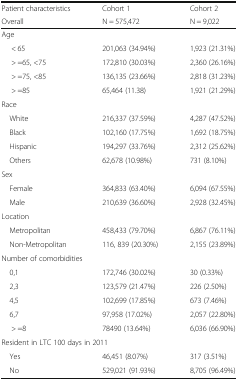
| Patient characteristics | Cohort 1 | Cohort 2 |
 | Overall | N = 575,472 | N = 9,022 |
 | --- | --- | --- |
 | <COLSPAN=3> Age |
 | < 65 | 201,063 (34.94%) | 1,923 (21.31%) |
 | > =65, <75 | 172,810 (30.03%) | 2,360 (26.16%) |
 | > =75, <85 | 136,135 (23.66%) | 2,818 (31.23%) |
 | > =85 | 65,464 (11.38) | 1,921 (21.29%) |
 | <COLSPAN=3> Race |
 | White | 216,337 (37.59%) | 4,287 (47.52%) |
 | Black | 102,160 (17.75%) | 1,692 (18.75%) |
 | Hispanic | 194,297 (33.76%) | 2,312 (25.62%) |
 | Others | 62,678 (10.98%) | 731 (8.10%) |
 | <COLSPAN=3> Sex |
 | Female | 364,833 (63.40%) | 6,094 (67.55%) |
 | Male | 210,639 (36.60%) | 2,928 (32.45%) |
 | <COLSPAN=3> Location |
 | Metropolitan | 458,433 (79.70%) | 6,867 (76.11%) |
 | Non-Metropolitan | 116, 839 (20.30%) | 2,155 (23.89%) |
 | <COLSPAN=3> Number of comorbidities |
 | 0,1 | 172,746 (30.02%) | 30 (0.33%) |
 | 2,3 | 123,579 (21.47%) | 226 (2.50%) |
 | 4,5 | 102,699 (17.85%) | 673 (7.46%) |
 | 6,7 | 97,958 (17.02%) | 2,057 (22.80%) |
 | > =8 | 78490 (13.64%) | 6,036 (66.90%) |
 | <COLSPAN=3> Resident in LTC 100 days in 2011 |
 | Yes | 46,451 (8.07%) | 317 (3.51%) |
 | No | 529,021 (91.93%) | 8,705 (96.49%) |